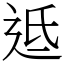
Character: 䢑